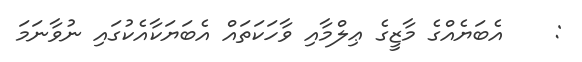
:    އެބަޔެއްގެ މާޒީގެ ޢިލްމާއި ވާހަކަތައް އެބަޔަކާއެކުގައި ނުވާނަމަ